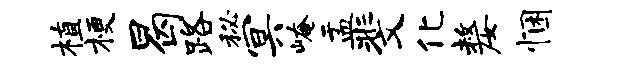
植梗曷路秘冥崦盂斐化嫠悃